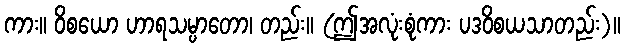
ကား။ ဝိစယော ဟာရသမ္ပာတော၊ တည်း။ (ဤအလုံးစုံကား ပဒဝိစယသာတည်း)။